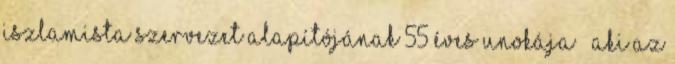
iszlamista szervezet alapítójának 55 éves unokája – aki az